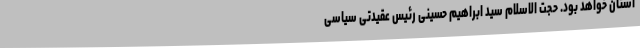
استان خواهد بود. حجت الاسلام سید ابراهیم حسینی رئیس عقیدتی سیاسی